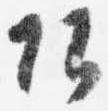
頭